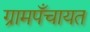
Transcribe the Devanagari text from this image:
ग्रामपँचायत